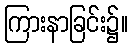
ကြားနာခြင်း၌။